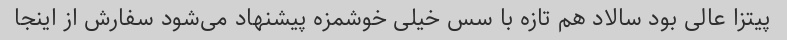
پیتزا عالی بود سالاد هم تازه با سس خیلی خوشمزه پیشنهاد می‌شود سفارش از اینجا